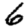
Digit: 6